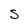
Character: s